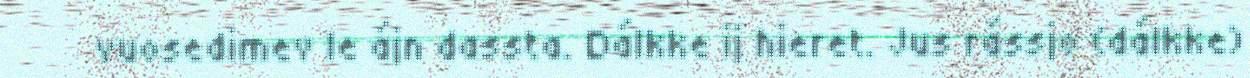
vuosedimev le ájn dassta. Dálkke ij hieret. Jus rássjo (dálkke)